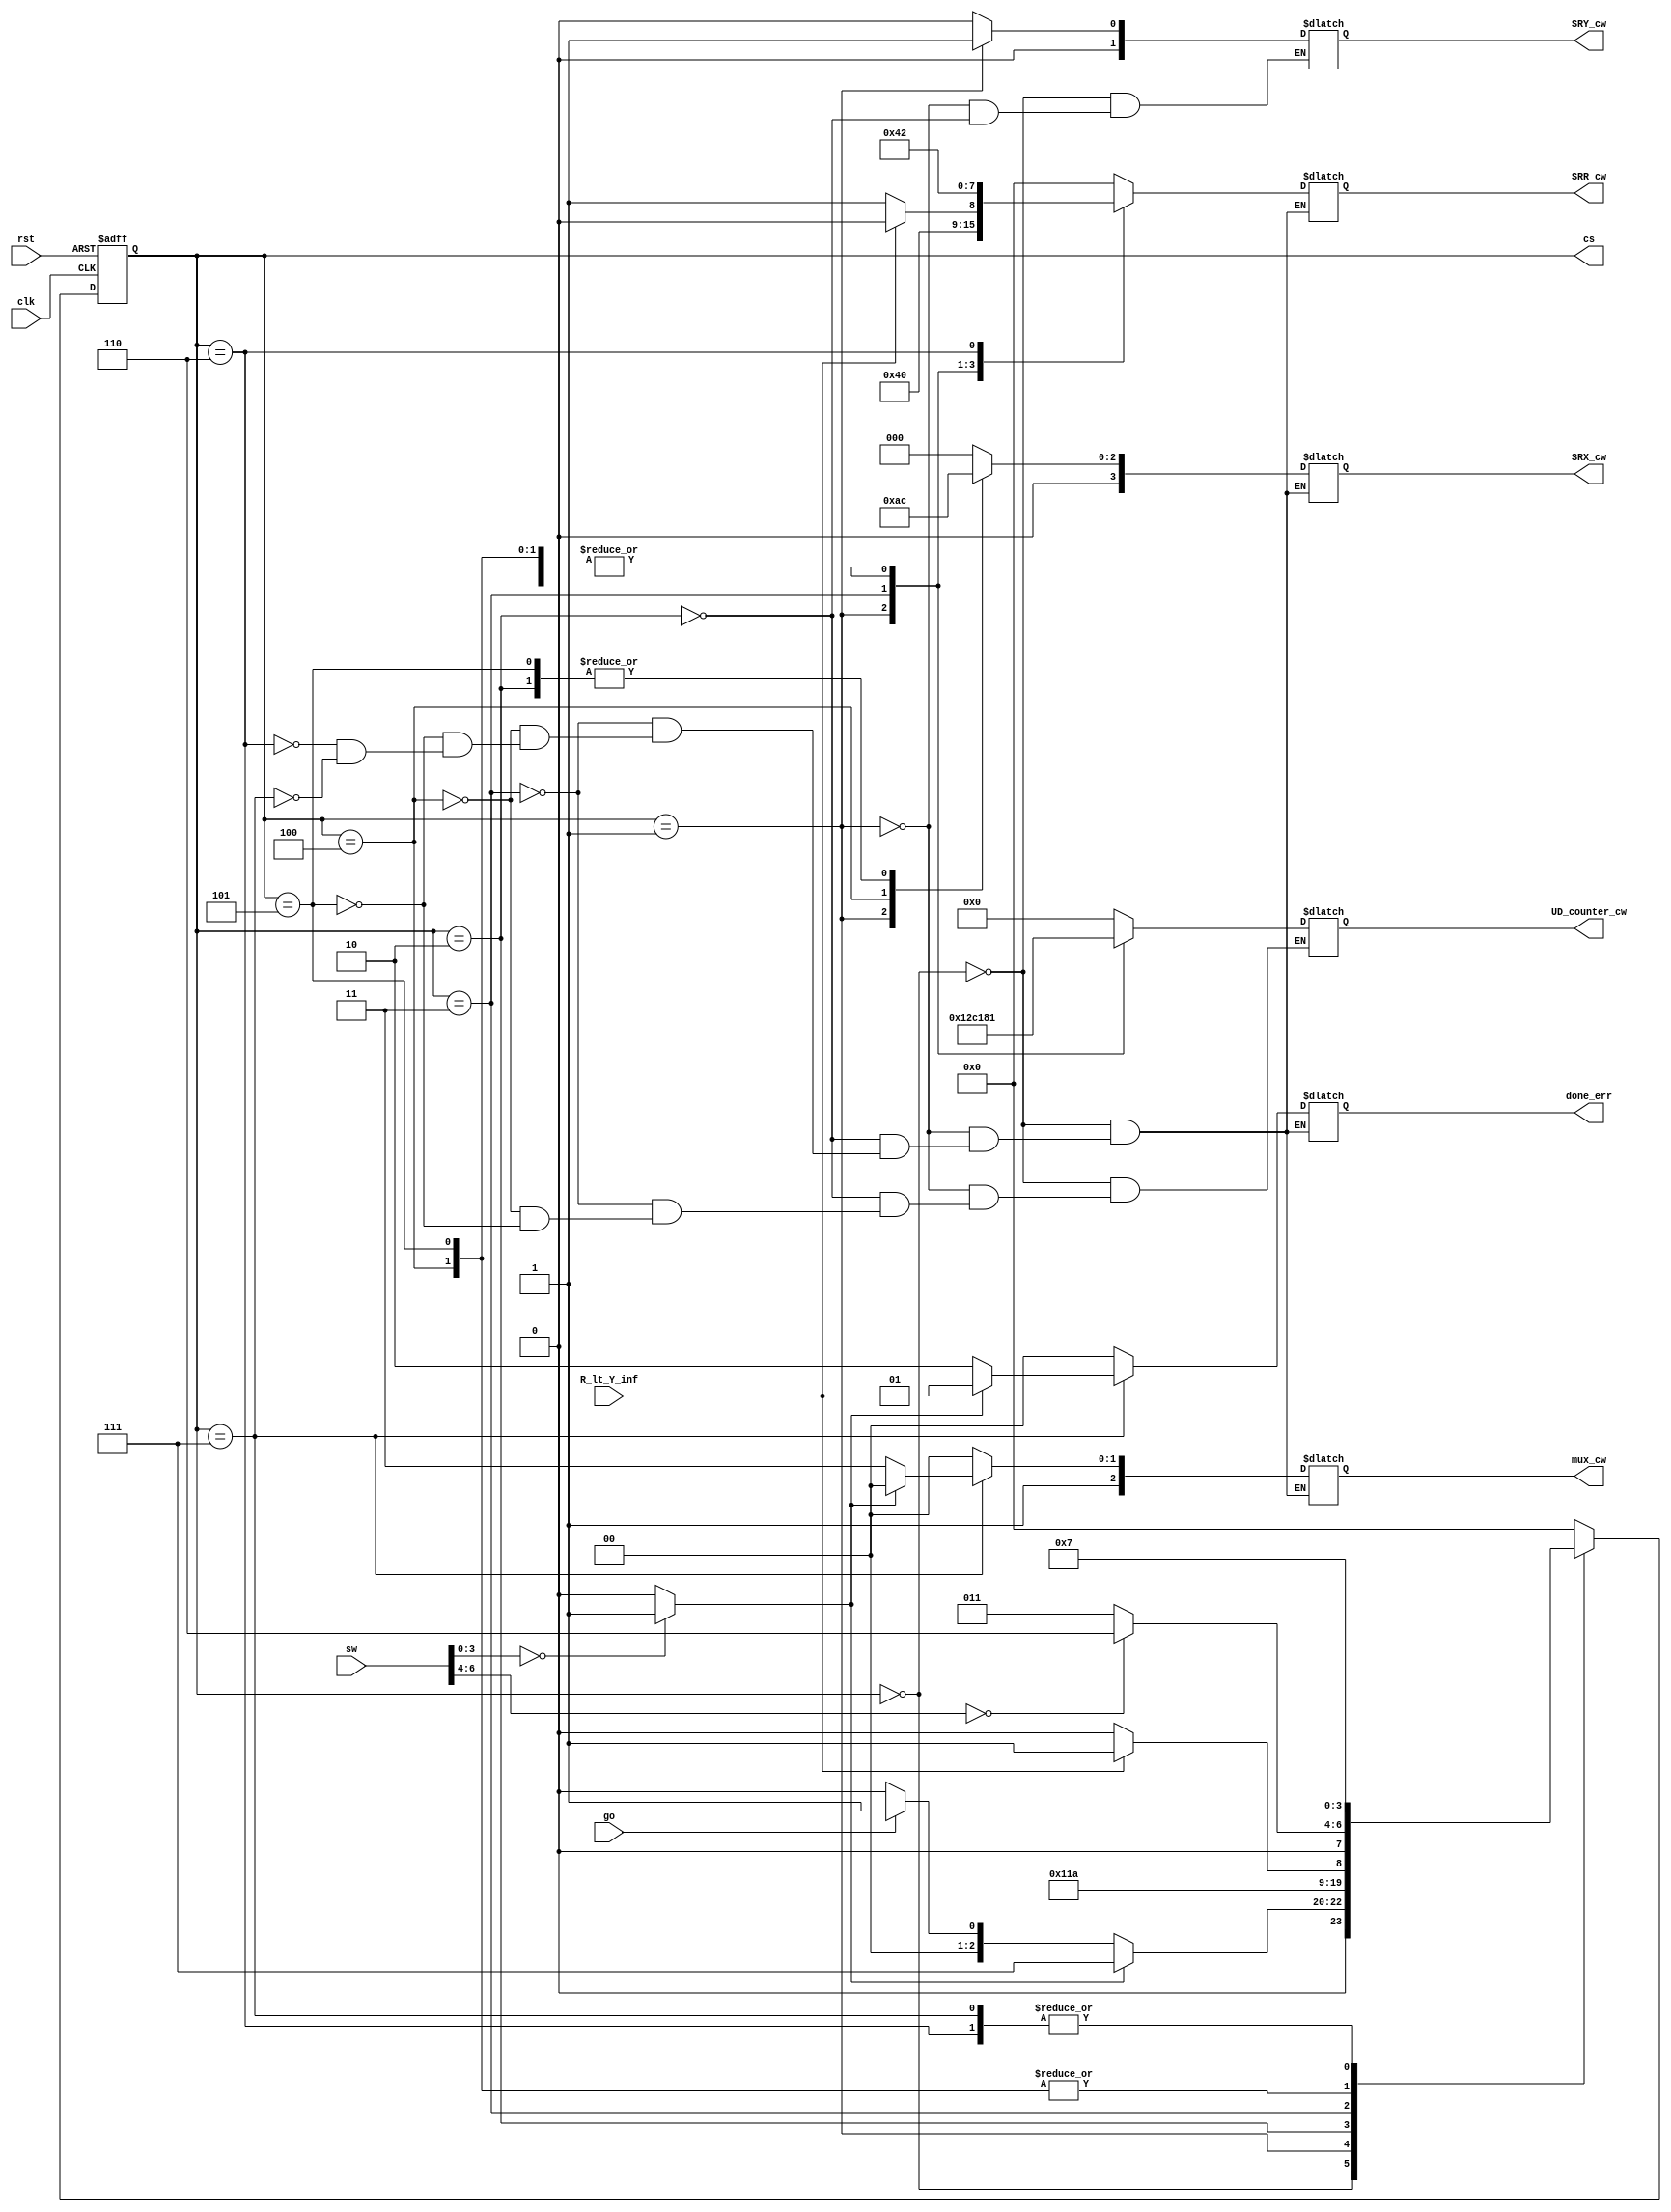
module Div_CU(
    input go, clk, rst, R_lt_Y_inf,
    input [7:0] sw,
    output reg [2:0] mux_cw,
    output reg [6:0] UD_counter_cw,
    output reg [3:0] SRX_cw,
    output reg [1:0] SRY_cw,
    output reg [3:0] SRR_cw,
    output reg [1:0] done_err,
    output [3:0] cs
);
    wire error;
    wire R_lt_Y;
    wire [2:0] cnt_out;
    wire [3:0] divisor;
    assign {R_lt_Y, cnt_out, divisor} = sw;
    assign error = (divisor == 0) ? 1 : 0;
    
    //encode states
    parameter S0 = 4'd0,
              S1 = 4'd1,
              S2 = 4'd2,
              S3 = 4'd3,
              S4 = 4'd4,
              S5 = 4'd5,
              S6 = 4'd6,
              S7 = 4'd7;
    
    //Next and Current State
    reg [3:0] CS, NS;
    
    //Next-State Logic (combinational) based on the state transition diagram
    always @ (CS, go)
    begin
        case(CS)
            S0:     
                begin
                    NS <= (go) ? S1 : S0;
                    if (error)
                        NS <= S7;
                end                     
            S1:      NS <= S2;
            S2:      NS <= S3;
            S3:      NS <= (R_lt_Y_inf) ? S5 : S4;    
            S4:      NS <= (cnt_out == 0) ? S6 : S3;
            S5:      NS <= (cnt_out == 0) ? S6 : S3;
            S6:      NS <= S7;
            S7:      NS <= S7;
            default: NS <= S0;
         endcase
    end
    
    //State Register (sequential)
    always @ (posedge clk, posedge rst)
        if (rst)
            CS <= S0;
        else
            CS <= NS;
    
    //Output Logic (combinational) based on output table
    always @ (CS)
    begin
        case(CS)               
            S0:
                begin
                    // UD_D, UD_ld, UD_ud, UD_ce, UD_rst
                    UD_counter_cw <= 7'b000_0_0_0_0;
                    // {SRX_rst, SRX_sl, SRX_ld, SRX_rightIn}
                    SRX_cw <= 4'b0_0_0_0;
                    // {SRY_rst, SRY_ld}
                    SRY_cw <= 2'b0_0;
                    // {SRR_rst, SRR_sl, SRR_sr, SRR_ld}
                    SRR_cw <= 4'b0_0_0_0;
                    mux_cw <= 3'b1_0_0;
                    done_err <= 2'b0_0;
                end
            S1:
                begin
                    // {SRR_rst, SRR_sl, SRR_sr, SRR_ld}
                    SRR_cw <= 4'b1_0_0_0;
                    // {SRX_rst, SRX_sl, SRX_ld, SRX_rightIn}
                    SRX_cw <= 4'b0_0_1_0;
                    // {SRY_rst, SRY_ld}
                    SRY_cw <= 2'b0_1;
                    
                     // UD_D, UD_ld, UD_ud, UD_ce, UD_rst
                    UD_counter_cw <= 7'b100_1_0_1_1;
                    
                    mux_cw <= 3'b1_0_0;
                    done_err <= 2'b0_0; 
                end         
            S2:
                begin
                    // UD_D, UD_ld, UD_ud, UD_ce, UD_rst
                    UD_counter_cw <= 7'b000_0_0_0_1;
                    
                    // {SRY_rst, SRY_ld}
                    SRY_cw <= 2'b0_0;
                    // {SRR_rst, SRR_sl, SRR_sr, SRR_ld}
                    SRR_cw <= 4'b0_1_0_0;
                    // {SRX_rst, SRX_sl, SRX_ld, SRX_rightIn}
                    SRX_cw <= 4'b0_1_0_0;
                    
                    mux_cw <= 3'b1_0_0;
                    done_err <= 2'b0_0;
                end         
            S3:
                begin
                    // {SRR_rst, SRR_sl, SRR_sr, SRR_ld}
                    if (!R_lt_Y_inf)
                         SRR_cw <= 4'b0_0_0_1;
                    else
                        SRR_cw <= 4'b0_0_0_0;
                    // {SRX_rst, SRX_sl, SRX_ld, SRX_rightIn}
                    SRX_cw <= 4'b0_0_0_0;
                    // UD_D, UD_ld, UD_ud, UD_ce, UD_rst
                    UD_counter_cw <= 7'b000_0_0_1_1;
                    
                    mux_cw <= 3'b1_0_0;
                    done_err <= 2'b0_0;
                                                
                end         
            S4:
                begin
                    // {SRR_rst, SRR_sl, SRR_sr, SRR_ld}
                    SRR_cw <= 4'b0_1_0_0;
                    // {SRX_rst, SRX_sl, SRX_ld, SRX_rightIn}
                    SRX_cw <= 4'b0_1_0_1;
                    // UD_D, UD_ld, UD_ud, UD_ce, UD_rst
                    UD_counter_cw <= 7'b000_0_0_0_1;
                    
                    mux_cw <= 3'b1_0_0;
                    done_err <= 2'b0_0;            
                end         
            S5:
                begin
                    // {SRR_rst, SRR_sl, SRR_sr, SRR_ld}
                    SRR_cw <= 4'b0_1_0_0;
                    // {SRX_rst, SRX_sl, SRX_ld, SRX_rightIn}
                    SRX_cw <= 4'b0_1_0_0;
                    // UD_D, UD_ld, UD_ud, UD_ce, UD_rst
                    UD_counter_cw <= 7'b000_0_0_0_1;
                    
                    mux_cw <= 3'b1_0_0;
                    done_err <= 2'b0_0;
                end         
            S6:
                begin
                    // {SRR_rst, SRR_sl, SRR_sr, SRR_ld}
                    SRR_cw <= 4'b0_0_1_0;
                    // {SRX_rst, SRX_sl, SRX_ld, SRX_rightIn}
                    SRX_cw <= 4'b0_0_0_0;
                    
                    
                    mux_cw <= 3'b1_0_0;
                    done_err <= 2'b0_0;
                end         
            S7:
                begin
                    if (error)
                        begin
                            // {SRR_rst, SRR_sl, SRR_sr, SRR_ld}
                            SRR_cw <= 4'b0_0_0_0;
                            // {SRX_rst, SRX_sl, SRX_ld, SRX_rightIn}
                            SRX_cw <= 4'b0_0_0_0;

                            mux_cw <= 3'b1_0_0;
                            done_err <= 2'b01;
                        end
                    else
                        begin
                            // {SRR_rst, SRR_sl, SRR_sr, SRR_ld}
                            SRR_cw <= 4'b0_0_0_0;
                            // {SRX_rst, SRX_sl, SRX_ld, SRX_rightIn}
                            SRX_cw <= 4'b0_0_0_0;

                            mux_cw <= 3'b1_1_1;
                            done_err <= 2'b10;
                        end
                end         
        endcase
    
    end
    
    assign cs = CS;
    
              
    
    
    
endmodule